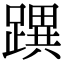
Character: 𨅜